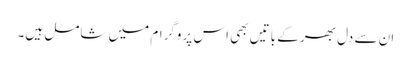
ان سے دل بھر کے باتیں بھی اس پروگرام میں شامل ہیں۔